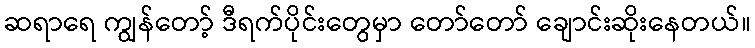
ဆရာရေ ကျွန်တော့် ဒီရက်ပိုင်းတွေမှာ တော်တော် ချောင်းဆိုးနေတယ်။